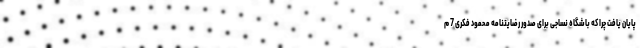
پایان یافت چرا که باشگاه نساجی برای صدور رضایتنامه محمود فکری 7 م